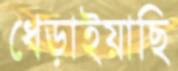
ধেড়াইয়াছি